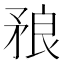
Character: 𥍫